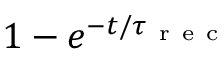
1 - e ^ { { - t } / { \tau _ { \mathrm { ~ r ~ e ~ c ~ } } } }